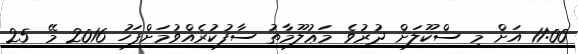
11:00 އަށް މި ސްކޫލަށް ދުރުވެ މަޢުލޫމާތު ސާފުކުރެއްވުމަށްފަހު 2016 މޭ 25